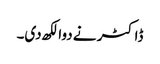
ڈاکٹر نے دوا لکھ دی۔